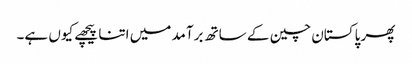
پھر پاکستان چین کے ساتھ برآمد میں اتنا پیچھے کیوں ہے۔